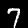
Label: 7